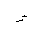
Letter: _hamza